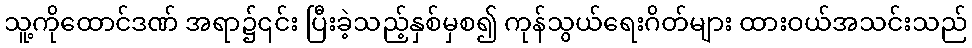
သူ့ကိုထောင်ဒဏ် အရာ၌၎င်း ပြီးခဲ့သည့်နှစ်မှစ၍ ကုန်သွယ်ရေးဂိတ်များ ထားဝယ်အသင်းသည်